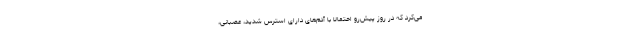
می‌کرد که در روز پیش‌رو احتمالا با آدم‌های دارای استرس شدید، عصبانی،